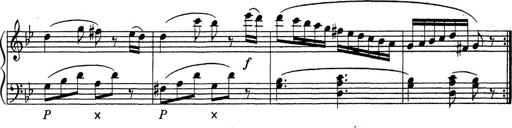
Title: ÄŒeskÃ© Sonatiny
Composer: Various